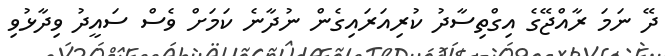
ދޭ ނަމަ ރާއްޖޭގެ އިގްތިސާދު ކުރިއަރައިގެން ނުދާނެ ކަމަށް ވެސް ސައީދު ވިދާޅުވި